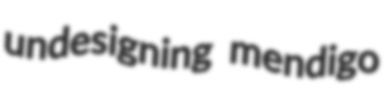
undesigning mendigo